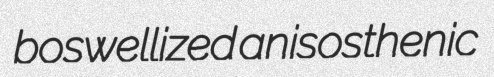
boswellized anisosthenic